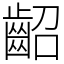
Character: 齠